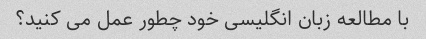
با مطالعه زبان انگلیسی خود چطور عمل می کنید؟